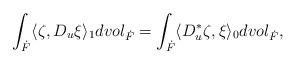
LaTeX: \begin{align*} \int_{\dot F} \langle \zeta, D_u \xi \rangle_1 dvol_{\dot F} =\int_{\dot F} \langle D_u^* \zeta, \xi \rangle_0 dvol_{\dot F} ,\end{align*}